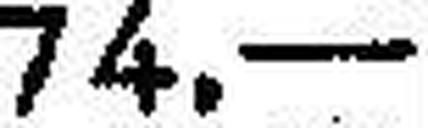
74.—